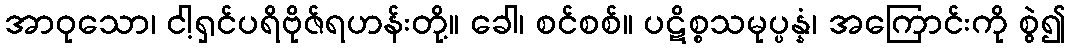
အာဝုသော၊ ငါ့ရှင်ပရိဗိုဇ်ရဟန်းတို့။ ခေါ၊ စင်စစ်။ ပဋိစ္စသမုပ္ပန္နံ၊ အကြောင်းကို စွဲ၍